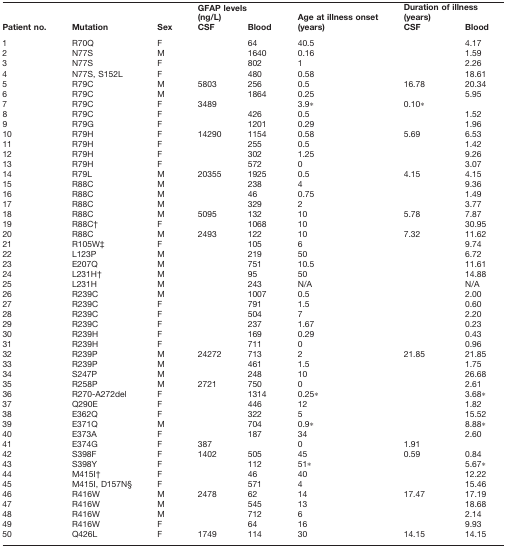
<table><thead><tr><td rowspan="2"><b>Patient no.</b></td><td rowspan="2"><b>Mutation</b></td><td rowspan="2"><b>Sex</b></td><td colspan="2"><b>GFAP levels(ng/L)</b></td><td rowspan="2"><b>Age at illness onset(years)</b></td><td colspan="2"><b>Duration of illness(years)</b></td></tr><tr><td><b>CSF</b></td><td><b>Blood</b></td><td><b>CSF</b></td><td><b>Blood</b></td></tr></thead><tbody><tr><td>1</td><td>R70Q</td><td>F</td><td></td><td>64</td><td>40.5</td><td></td><td>4.17</td></tr><tr><td>2</td><td>N77S</td><td>M</td><td></td><td>1640</td><td>0.16</td><td></td><td>1.59</td></tr><tr><td>3</td><td>N77S</td><td>F</td><td></td><td>802</td><td>1</td><td></td><td>2.26</td></tr><tr><td>4</td><td>N77S, S152L</td><td>F</td><td></td><td>480</td><td>0.58</td><td></td><td>18.61</td></tr><tr><td>5</td><td>R79C</td><td>M</td><td>5803</td><td>256</td><td>0.5</td><td>16.78</td><td>20.34</td></tr><tr><td>6</td><td>R79C</td><td>M</td><td></td><td>1864</td><td>0.25</td><td></td><td>5.95</td></tr><tr><td>7</td><td>R79C</td><td>F</td><td>3489</td><td></td><td>3.9*</td><td>0.10*</td><td></td></tr><tr><td>8</td><td>R79C</td><td>F</td><td></td><td>426</td><td>0.5</td><td></td><td>1.52</td></tr><tr><td>9</td><td>R79G</td><td>F</td><td></td><td>1201</td><td>0.29</td><td></td><td>1.96</td></tr><tr><td>10</td><td>R79H</td><td>F</td><td>14290</td><td>1154</td><td>0.58</td><td>5.69</td><td>6.53</td></tr><tr><td>11</td><td>R79H</td><td>F</td><td></td><td>255</td><td>0.5</td><td></td><td>1.42</td></tr><tr><td>12</td><td>R79H</td><td>F</td><td></td><td>302</td><td>1.25</td><td></td><td>9.26</td></tr><tr><td>13</td><td>R79H</td><td>F</td><td></td><td>572</td><td>0</td><td></td><td>3.07</td></tr><tr><td>14</td><td>R79L</td><td>M</td><td>20355</td><td>1925</td><td>0.5</td><td>4.15</td><td>4.15</td></tr><tr><td>15</td><td>R88C</td><td>M</td><td></td><td>238</td><td>4</td><td></td><td>9.36</td></tr><tr><td>16</td><td>R88C</td><td>M</td><td></td><td>46</td><td>0.75</td><td></td><td>1.49</td></tr><tr><td>17</td><td>R88C</td><td>M</td><td></td><td>329</td><td>2</td><td></td><td>3.77</td></tr><tr><td>18</td><td>R88C</td><td>M</td><td>5095</td><td>132</td><td>10</td><td>5.78</td><td>7.87</td></tr><tr><td>19</td><td>R88C†</td><td>F</td><td></td><td>1068</td><td>10</td><td></td><td>30.95</td></tr><tr><td>20</td><td>R88C</td><td>M</td><td>2493</td><td>122</td><td>10</td><td>7.32</td><td>11.62</td></tr><tr><td>21</td><td>R105W‡</td><td>F</td><td></td><td>105</td><td>6</td><td></td><td>9.74</td></tr><tr><td>22</td><td>L123P</td><td>M</td><td></td><td>219</td><td>50</td><td></td><td>6.72</td></tr><tr><td>23</td><td>E207Q</td><td>M</td><td></td><td>751</td><td>10.5</td><td></td><td>11.61</td></tr><tr><td>24</td><td>L231H†</td><td>M</td><td></td><td>95</td><td>50</td><td></td><td>14.88</td></tr><tr><td>25</td><td>L231H</td><td>M</td><td></td><td>243</td><td>N/A</td><td></td><td>N/A</td></tr><tr><td>26</td><td>R239C</td><td>M</td><td></td><td>1007</td><td>0.5</td><td></td><td>2.00</td></tr><tr><td>27</td><td>R239C</td><td>F</td><td></td><td>791</td><td>1.5</td><td></td><td>0.60</td></tr><tr><td>28</td><td>R239C</td><td>F</td><td></td><td>504</td><td>7</td><td></td><td>2.20</td></tr><tr><td>29</td><td>R239C</td><td>F</td><td></td><td>237</td><td>1.67</td><td></td><td>0.23</td></tr><tr><td>30</td><td>R239H</td><td>F</td><td></td><td>169</td><td>0.29</td><td></td><td>0.43</td></tr><tr><td>31</td><td>R239H</td><td>F</td><td></td><td>711</td><td>0</td><td></td><td>0.96</td></tr><tr><td>32</td><td>R239P</td><td>M</td><td>24272</td><td>713</td><td>2</td><td>21.85</td><td>21.85</td></tr><tr><td>33</td><td>R239P</td><td>M</td><td></td><td>461</td><td>1.5</td><td></td><td>1.75</td></tr><tr><td>34</td><td>S247P</td><td>M</td><td></td><td>248</td><td>10</td><td></td><td>26.68</td></tr><tr><td>35</td><td>R258P</td><td>M</td><td>2721</td><td>750</td><td>0</td><td></td><td>2.61</td></tr><tr><td>36</td><td>R270-A272del</td><td>F</td><td></td><td>1314</td><td>0.25*</td><td></td><td>3.68*</td></tr><tr><td>37</td><td>Q290E</td><td>F</td><td></td><td>446</td><td>12</td><td></td><td>1.82</td></tr><tr><td>38</td><td>E362Q</td><td>F</td><td></td><td>322</td><td>5</td><td></td><td>15.52</td></tr><tr><td>39</td><td>E371Q</td><td>M</td><td></td><td>704</td><td>0.9*</td><td></td><td>8.88*</td></tr><tr><td>40</td><td>E373A</td><td>F</td><td></td><td>187</td><td>34</td><td></td><td>2.60</td></tr><tr><td>41</td><td>E374G</td><td>F</td><td>387</td><td></td><td>0</td><td>1.91</td><td></td></tr><tr><td>42</td><td>S398F</td><td>F</td><td>1402</td><td>505</td><td>45</td><td>0.59</td><td>0.84</td></tr><tr><td>43</td><td>S398Y</td><td>F</td><td></td><td>112</td><td>51*</td><td></td><td>5.67*</td></tr><tr><td>44</td><td>M415I†</td><td>F</td><td></td><td>46</td><td>40</td><td></td><td>12.22</td></tr><tr><td>45</td><td>M415I, D157N§</td><td>F</td><td></td><td>571</td><td>4</td><td></td><td>15.46</td></tr><tr><td>46</td><td>R416W</td><td>M</td><td>2478</td><td>62</td><td>14</td><td>17.47</td><td>17.19</td></tr><tr><td>47</td><td>R416W</td><td>M</td><td></td><td>545</td><td>13</td><td></td><td>18.68</td></tr><tr><td>48</td><td>R416W</td><td>M</td><td></td><td>712</td><td>6</td><td></td><td>2.14</td></tr><tr><td>49</td><td>R416W</td><td>F</td><td></td><td>64</td><td>16</td><td></td><td>9.93</td></tr><tr><td>50</td><td>Q426L</td><td>F</td><td>1749</td><td>114</td><td>30</td><td>14.15</td><td>14.15</td></tr></tbody></table>